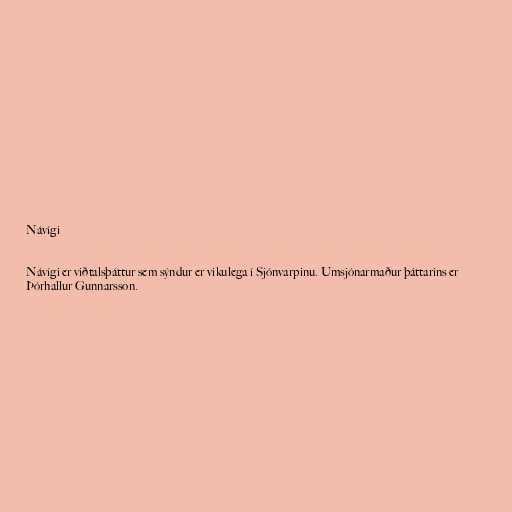
Návígi

Návígi er viðtalsþáttur sem sýndur er vikulega í Sjónvarpinu. Umsjónarmaður þáttarins er
Þórhallur Gunnarsson.